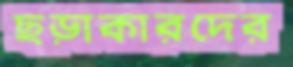
ছড়াকারদের